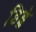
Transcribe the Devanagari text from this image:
डिब्बे